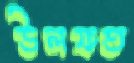
উলফত